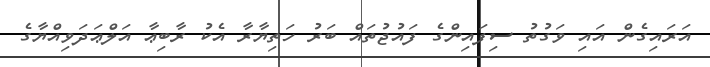
އަރައިގެން އައި ވަގުތު ސިފައިންގެ ފައުޖުތައް ބަރު ހަތިޔާރާ އެކު ރާބިޢާ އަލްޢަދަވިއްޔާގެ